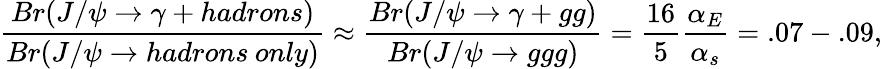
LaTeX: \frac{Br(J/\psi\rightarrow\gamma+{hadrons})}{Br(J/\psi\rightarrow{hadrons\: only})}\approx\frac{Br(J/\psi\rightarrow\gamma+gg)}{Br(J/\psi\rightarrow ggg)}=\frac{16}{5}\frac{\alpha_{E}}{\alpha_{s}}=.07-.09,